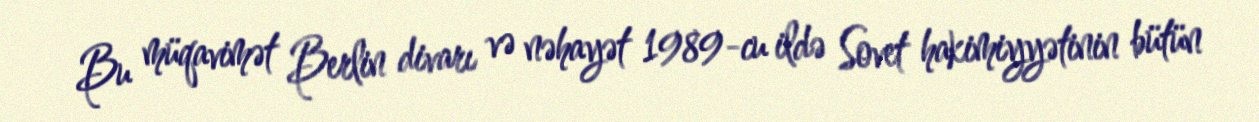
Bu müqavimət Berlin divarı və nəhayət 1989-cu ildə Sovet hakimiyyətinin bütün